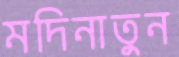
মদিনাতুন